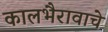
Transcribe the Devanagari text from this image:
कालभैरावाचे